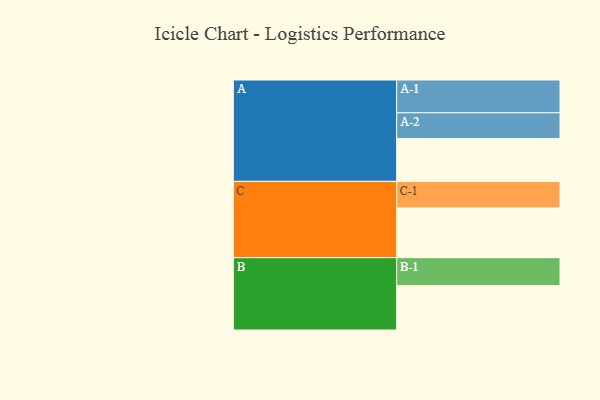
{"axis": {"x": "Segment", "y": "Value"}, "legend": ["", "A", "B", "C"], "data": [{"x": "A", "y": 377, "type": ""}, {"x": "B", "y": 391, "type": ""}, {"x": "C", "y": 439, "type": ""}, {"x": "A-1", "y": 289, "type": "A"}, {"x": "A-2", "y": 228, "type": "A"}, {"x": "B-1", "y": 247, "type": "B"}, {"x": "C-1", "y": 234, "type": "C"}]}